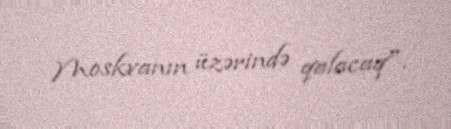
Moskvanın üzərində qalacaq".